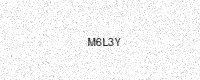
Text: M6L3Y